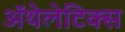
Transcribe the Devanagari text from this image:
ॲथेलेटिक्स